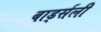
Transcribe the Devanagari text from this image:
बार्ड्सली